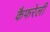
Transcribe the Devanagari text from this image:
कैफरेली